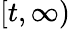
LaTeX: [t,\infty)